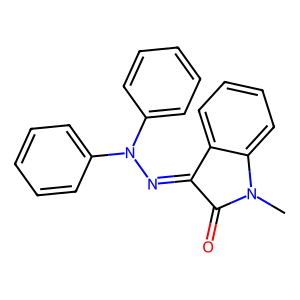
SMILES: CN1C(=O)C(=NN(c2ccccc2)c2ccccc2)c2ccccc21
Inhibits HIV replication: No